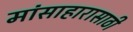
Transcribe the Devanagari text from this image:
मांसाहारासाठी